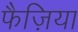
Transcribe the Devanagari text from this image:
फैज़िया